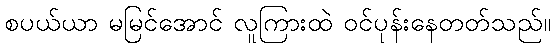
စပယ်ယာ မမြင်အောင် လူကြားထဲ ဝင်ပုန်းနေတတ်သည်။